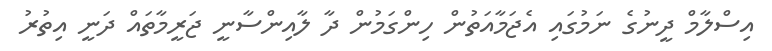
އިސްލާމް ދީނުގެ ނަމުގައި އެޖަމާއަތުން ހިންގަމުން ދާ ލާއިންސާނީ ޖަރީމާތައް ދަނީ އިތުރު